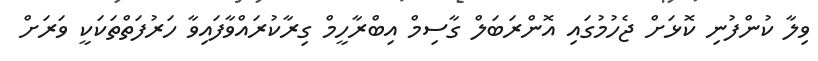
ވިލާ ކުންފުނި ކޮޅަށް ޖެހުމުގައި އޮންރަބަލް ގާސިމް އިބްރާހީމް ގިރާކުރައްވާފައިވާ ހަރުފަތްތަކަކީ ވަރަށް